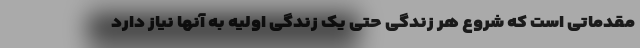
مقدماتی است که شروع هر زندگی حتی یک زندگی اولیه به آنها نیاز دارد